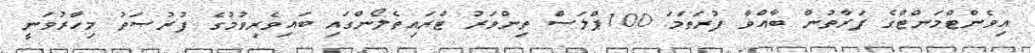
އިވެންޓްމަންޓްގެ ފަރާތުން ބާއްވާ ފުރަތަމަ 100ޕްލަސް ތިންވަރު ޓްރައިތެލޯންގައި ބައިވެރިވުމުގެ ފުރުޞަތު މިހާރުވަނީ